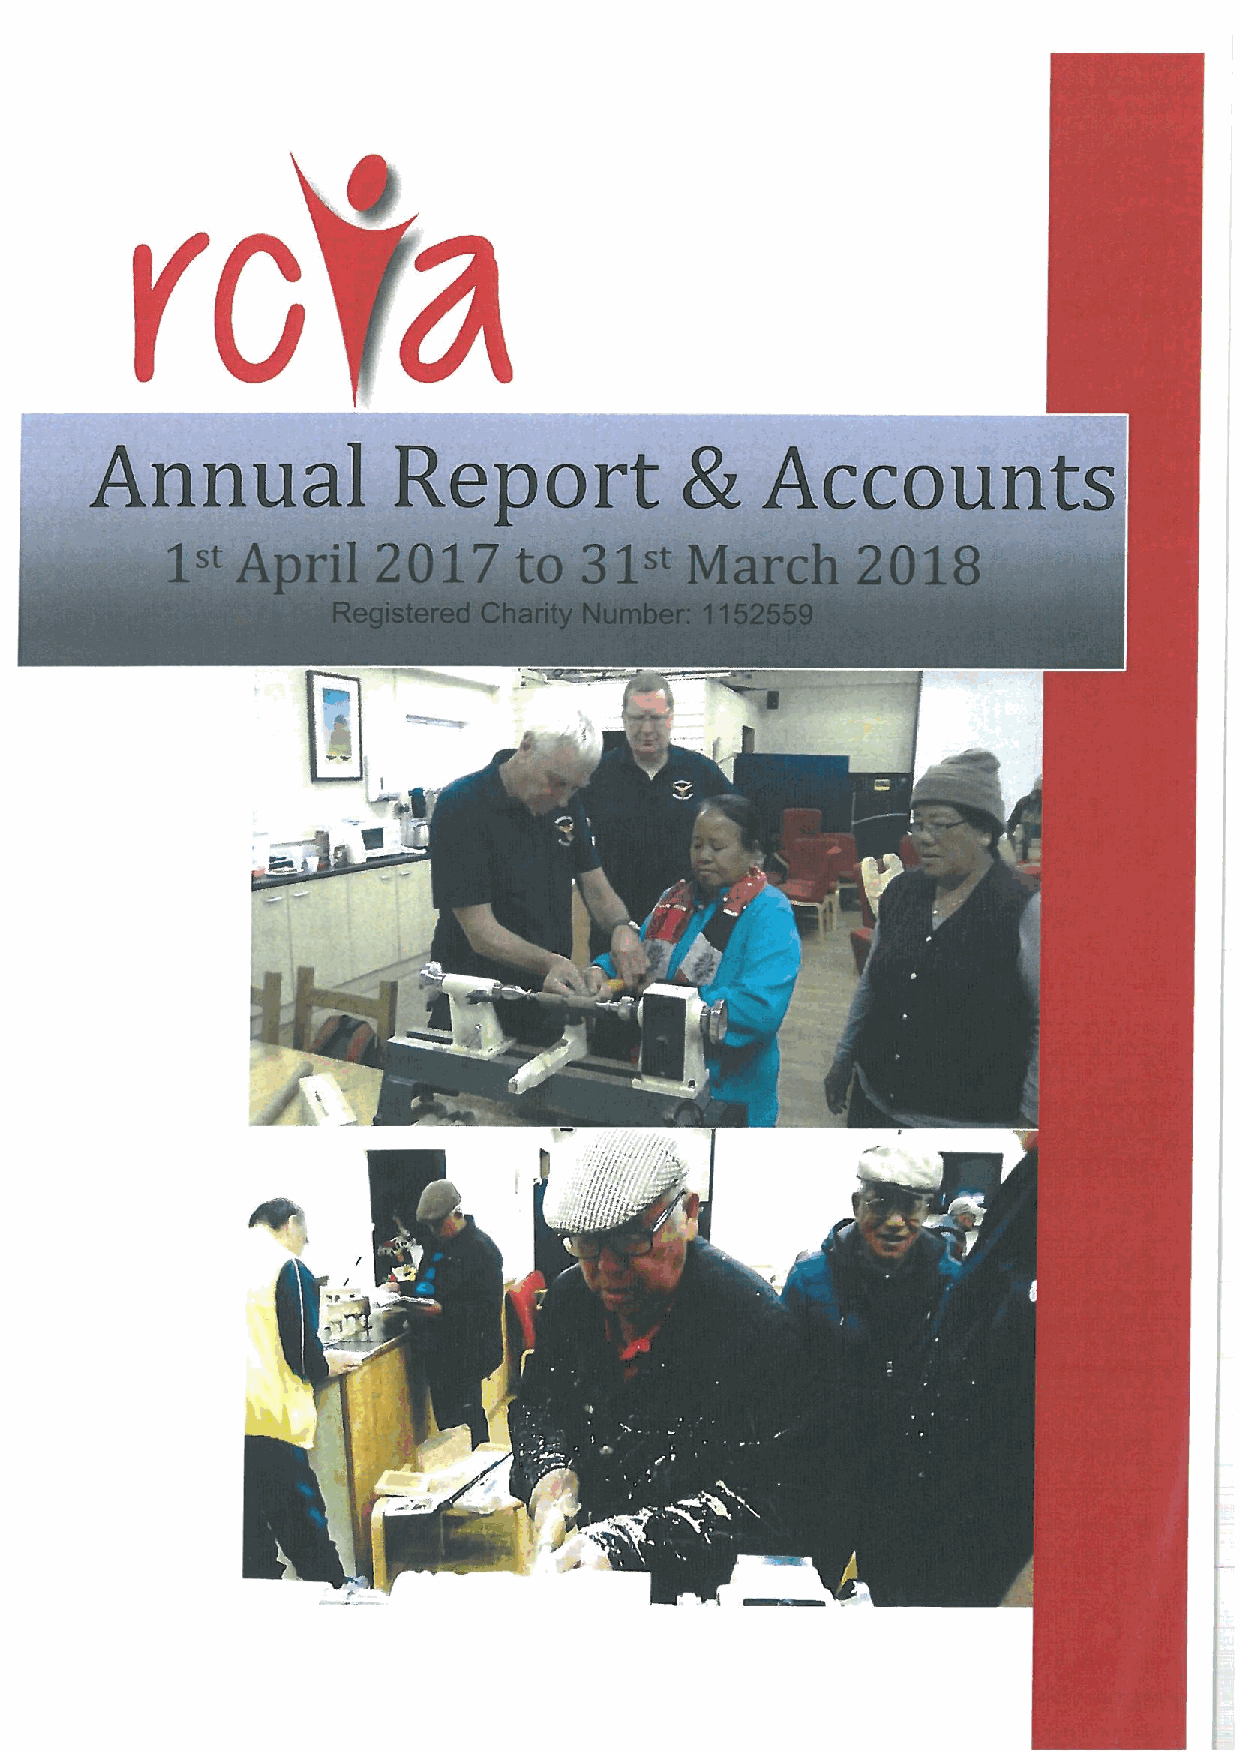
Ilk
 ' I
 L
 l
 i~